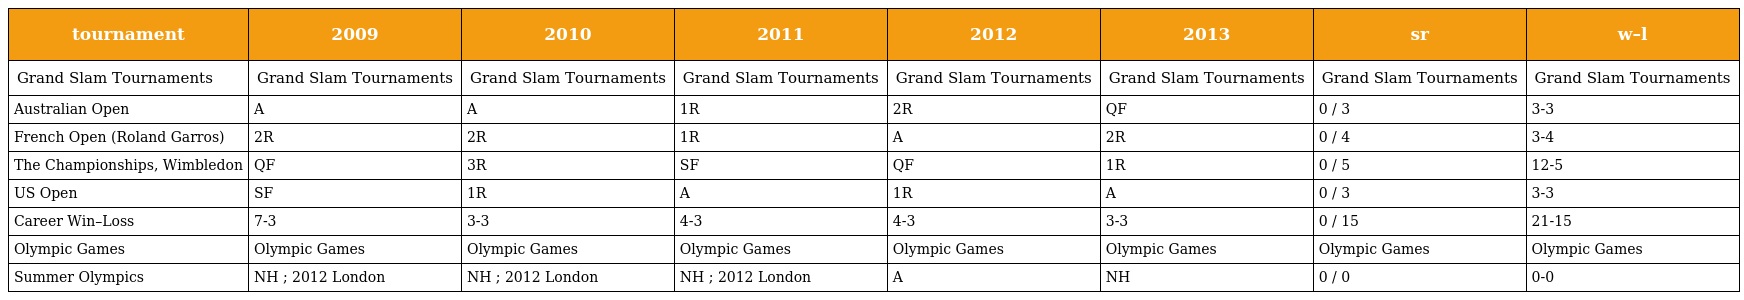
| tournament | 2009 | 2010 | 2011 | 2012 | 2013 | sr | w–l |
 | --- | --- | --- | --- | --- | --- | --- | --- |
 | Grand Slam Tournaments | Grand Slam Tournaments | Grand Slam Tournaments | Grand Slam Tournaments | Grand Slam Tournaments | Grand Slam Tournaments | Grand Slam Tournaments | Grand Slam Tournaments |
 | Australian Open | A | A | 1R | 2R | QF | 0 / 3 | 3-3 |
 | French Open (Roland Garros) | 2R | 2R | 1R | A | 2R | 0 / 4 | 3-4 |
 | The Championships, Wimbledon | QF | 3R | SF | QF | 1R | 0 / 5 | 12-5 |
 | US Open | SF | 1R | A | 1R | A | 0 / 3 | 3-3 |
 | Career Win–Loss | 7-3 | 3-3 | 4-3 | 4-3 | 3-3 | 0 / 15 | 21-15 |
 | Olympic Games | Olympic Games | Olympic Games | Olympic Games | Olympic Games | Olympic Games | Olympic Games | Olympic Games |
 | Summer Olympics | NH ; 2012 London | NH ; 2012 London | NH ; 2012 London | A | NH | 0 / 0 | 0-0 |